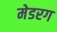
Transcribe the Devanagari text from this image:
मेडरग